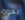
لقوة